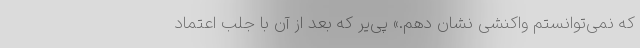
که نمی‌توانستم واکنشی نشان دهم.» پی‌یر که بعد از آن با جلب اعتماد